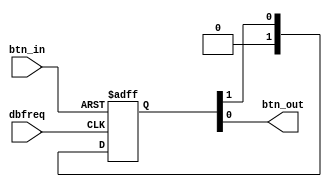
`timescale 1ns / 1ps
//////////////////////////////////////////////////////////////////////////////////
// Company: 
// Engineer: 
// 
// Design Name: 
// Module Name:    debouncer 
// Project Name: 
// Target Devices: 
// Tool versions: 
// Description: 
//
// Dependencies: 
//
// Revision: 
// Revision 0.01 - File Created
// Additional Comments: 
//
//////////////////////////////////////////////////////////////////////////////////
module debouncer(
    input dbfreq,
    input btn_in,
    output btn_out
    );

reg [1:0] btn_buffer;
assign btn_out = btn_buffer[0];

always @(posedge dbfreq or posedge btn_in) begin
    if (btn_in)
        btn_buffer <= 2'b11;
    else
        btn_buffer <= {1'b0, btn_buffer[1]};
    end

endmodule